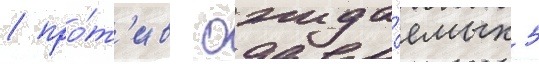
/ про́т'ив ожида́емых 5